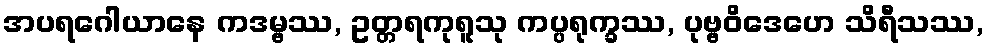
အပရဂေါယာနေ ကဒမ္ဗဿ, ဥတ္တရကုရူသု ကပ္ပရုက္ခဿ, ပုဗ္ဗဝိဒေဟေ သိရီသဿ,